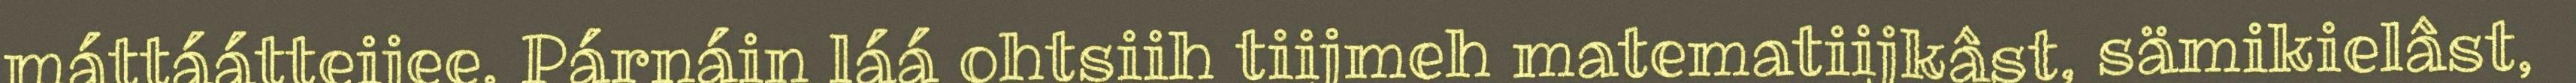
máttáátteijee. Párnáin láá ohtsiih tiijmeh matematiijkâst, sämikielâst,